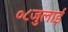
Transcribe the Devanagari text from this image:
०८जुलाई